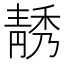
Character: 𲊗